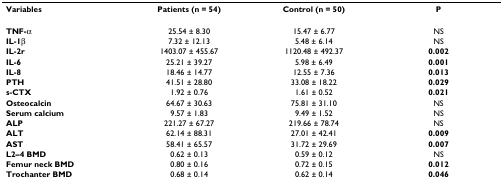
<table><thead><tr><td><b>Variables</b></td><td><b>Patients (n = 54)</b></td><td><b>Control (n = 50)</b></td><td><b>P</b></td></tr></thead><tbody><tr><td><b>TNF-α</b></td><td>25.54 ± 8.30</td><td>15.47 ± 6.77</td><td>NS</td></tr><tr><td><b>IL-1β</b></td><td>7.32 ± 12.13</td><td>5.48 ± 6.14</td><td>NS</td></tr><tr><td><b>IL-2r</b></td><td>1403.07 ± 455.67</td><td>1120.48 ± 492.37</td><td><b>0.002</b></td></tr><tr><td><b>IL-6</b></td><td>25.21 ± 39.27</td><td>5.98 ± 6.49</td><td><b>0.001</b></td></tr><tr><td><b>IL-8</b></td><td>18.46 ± 14.77</td><td>12.55 ± 7.36</td><td><b>0.013</b></td></tr><tr><td><b>PTH</b></td><td>41.51 ± 28.80</td><td>33.08 ± 18.22</td><td><b>0.029</b></td></tr><tr><td><b>s-CTX</b></td><td>1.92 ± 0.76</td><td>1.61 ± 0.52</td><td><b>0.021</b></td></tr><tr><td><b>Osteocalcin</b></td><td>64.67 ± 30.63</td><td>75.81 ± 31.10</td><td>NS</td></tr><tr><td><b>Serum calcium</b></td><td>9.57 ± 1.83</td><td>9.49 ± 1.52</td><td>NS</td></tr><tr><td><b>ALP</b></td><td>221.27 ± 67.27</td><td>219.66 ± 78.74</td><td>NS</td></tr><tr><td><b>ALT</b></td><td>62.14 ± 88.31</td><td>27.01 ± 42.41</td><td><b>0.009</b></td></tr><tr><td><b>AST</b></td><td>58.41 ± 65.57</td><td>31.72 ± 29.69</td><td><b>0.007</b></td></tr><tr><td><b>L2–4 BMD</b></td><td>0.62 ± 0.13</td><td>0.59 ± 0.12</td><td>NS</td></tr><tr><td><b>Femur neck BMD</b></td><td>0.80 ± 0.16</td><td>0.72 ± 0.15</td><td><b>0.012</b></td></tr><tr><td><b>Trochanter BMD</b></td><td>0.68 ± 0.14</td><td>0.62 ± 0.14</td><td><b>0.046</b></td></tr></tbody></table>